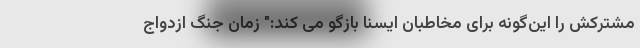
مشترکش را این‌گونه برای مخاطبان ایسنا بازگو می کند:" زمان جنگ ازدواج